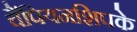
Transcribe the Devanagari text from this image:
चैंपियनशिपके